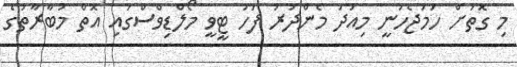
މި ގޮތަށް ހަމަޖެހުނީ މިއަދު މެންދުރު ފަހު ޓީވީ މޯލްޑިވްސްގައި އޮތް މުބާރާތުގެ